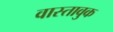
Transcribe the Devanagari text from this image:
वास्तावुक